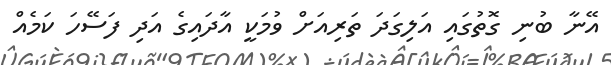
އޭނާ ބުނި ގޮތުގައި އަލިގަދަ ތަރިއަށް ވުމަކީ އާދައިގެ އަދި ފަސޭހަ ކަމެއް